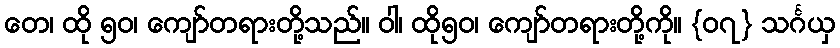
တေ၊ ထို ၅၀၊ ကျော်တရားတို့သည်။ ဝါ၊ ထို၅၀၊ ကျော်တရားတို့ကို။ {၀၇} သင်္ဂယှ